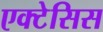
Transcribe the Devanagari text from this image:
एक्टेसिस